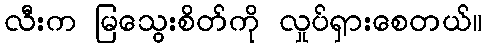
လီးက မြသွေးစိတ်ကို လှုပ်ရှားစေတယ်။